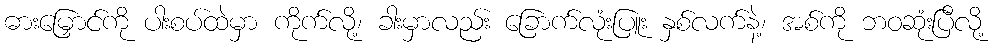
ဓားမြှောင်ကို ပါးစပ်ထဲမှာ ကိုက်လို့၊ ခါးမှာလည်း ခြောက်လုံးပြူး နှစ်လက်နဲ့၊ အစ်ကို ဘဝဆုံးပြီလို့